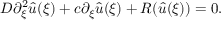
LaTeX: D \partial _ { \xi } ^ { 2 } { \hat { u } } ( \xi ) + c \partial _ { \xi } { \hat { u } } ( \xi ) + R ( { \hat { u } } ( \xi ) ) = 0 .